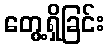
တွေ့ရှိခြင်း